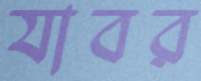
যাবর